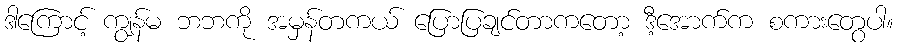
ဒါကြောင့် ကျွန်မ ဘဘကို အမှန်တကယ် ပြောပြချင်တာကတော့ ဒီ့အောက်က စကားတွေပါ။